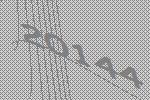
20144